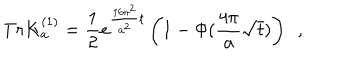
T r K _ { \bf a } ^ { ( 1 ) } = { \frac { 1 } { 2 } } e ^ { { \frac { 1 6 \pi ^ { 2 } } { { \bf a } ^ { 2 } } } t } \left( 1 - \Phi ( { \frac { 4 \pi } { \bf a } } \sqrt { t } ) \right) ~ ~ ,